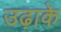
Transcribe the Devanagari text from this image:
उढ़ाके